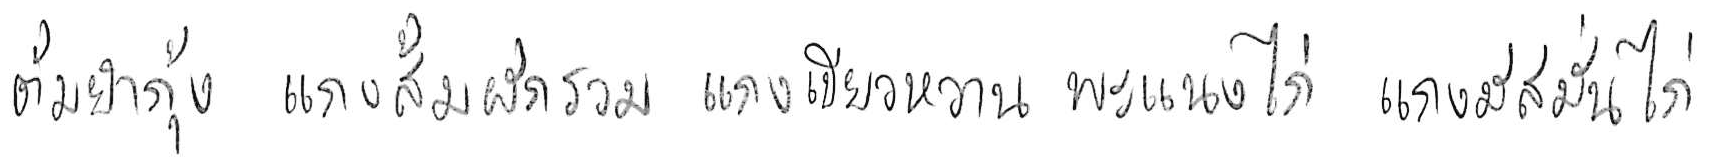
ต้มยำกุ้ง แกงส้มผักรวม แกงเขียวหวาน พะแนงไก่ แกงมัสมั่นไก่